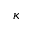
\kappa